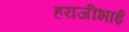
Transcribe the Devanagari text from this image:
हराजीभाई